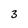
Character: 3